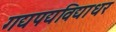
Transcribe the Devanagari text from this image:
गद्यपद्यविद्याधर